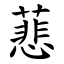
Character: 蕜